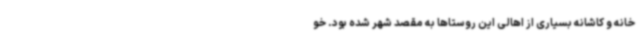
خانه و کاشانه بسیاری از اهالی این روستاها به مقصد شهر شده بود. خو